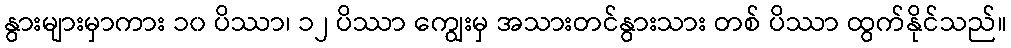
နွားများမှာကား ၁၀ ပိဿာ၊ ၁၂ ပိဿာ ကျွေးမှ အသားတင်နွားသား တစ် ပိဿာ ထွက်နိုင်သည်။